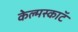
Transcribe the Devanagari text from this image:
केल्मस्काॅट